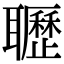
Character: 𦘊